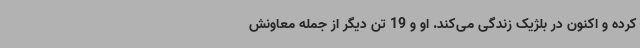
کرده و اکنون در بلژیک زندگی می‌کند. او و 19 تن دیگر از جمله معاونش